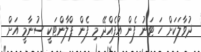
ދުވާލަކަށް ހަ ޓަނު ފެން އުފެއްދޭ މި ފެން ޕްލާންޓަކީ ސުނާމީ އަށް